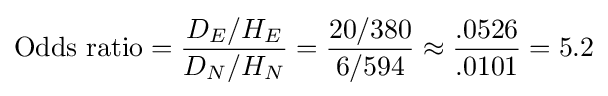
{\text{Odds ratio}}={\frac {D_{E}/H_{E}}{D_{N}/H_{N}}}={\frac {20/380}{6/594}}\approx {\frac {.0526}{.0101}}=5.2